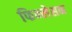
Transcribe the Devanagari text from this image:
फिन्लेसन